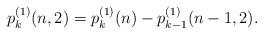
LaTeX: \begin{align*}p^{(1)}_k(n,2)=p^{(1)}_k(n)-p^{(1)}_{k-1}(n-1,2).\end{align*}